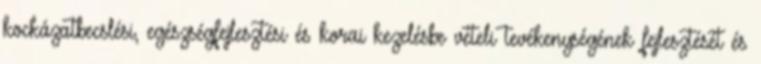
kockázatbecslési, egészségfejlesztési és korai kezelésbe vételi tevékenységének fejlesztését és